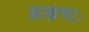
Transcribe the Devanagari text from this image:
ब्राह्मणाः